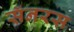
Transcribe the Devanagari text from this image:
सॅनरस